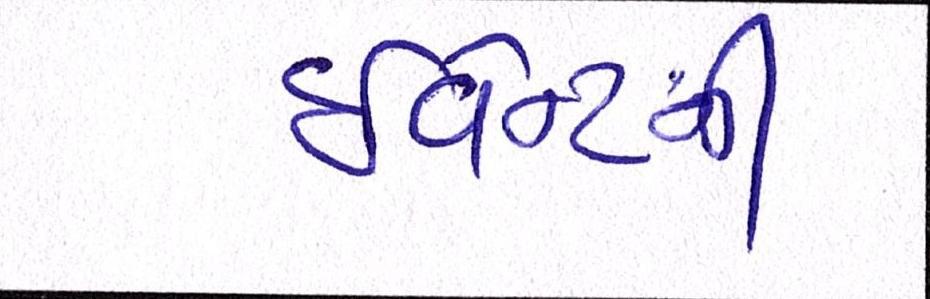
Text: ઇવેન્ટની